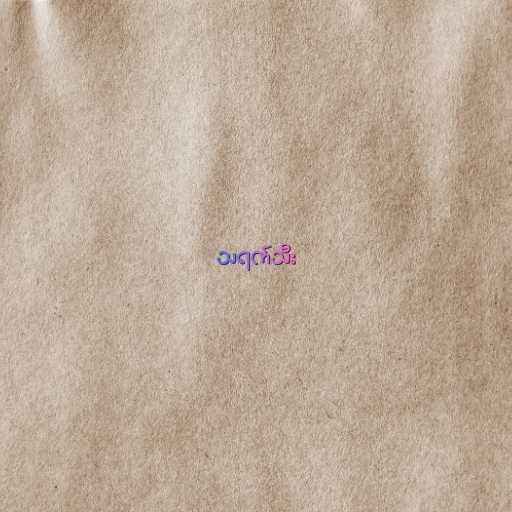
သရက်သီး